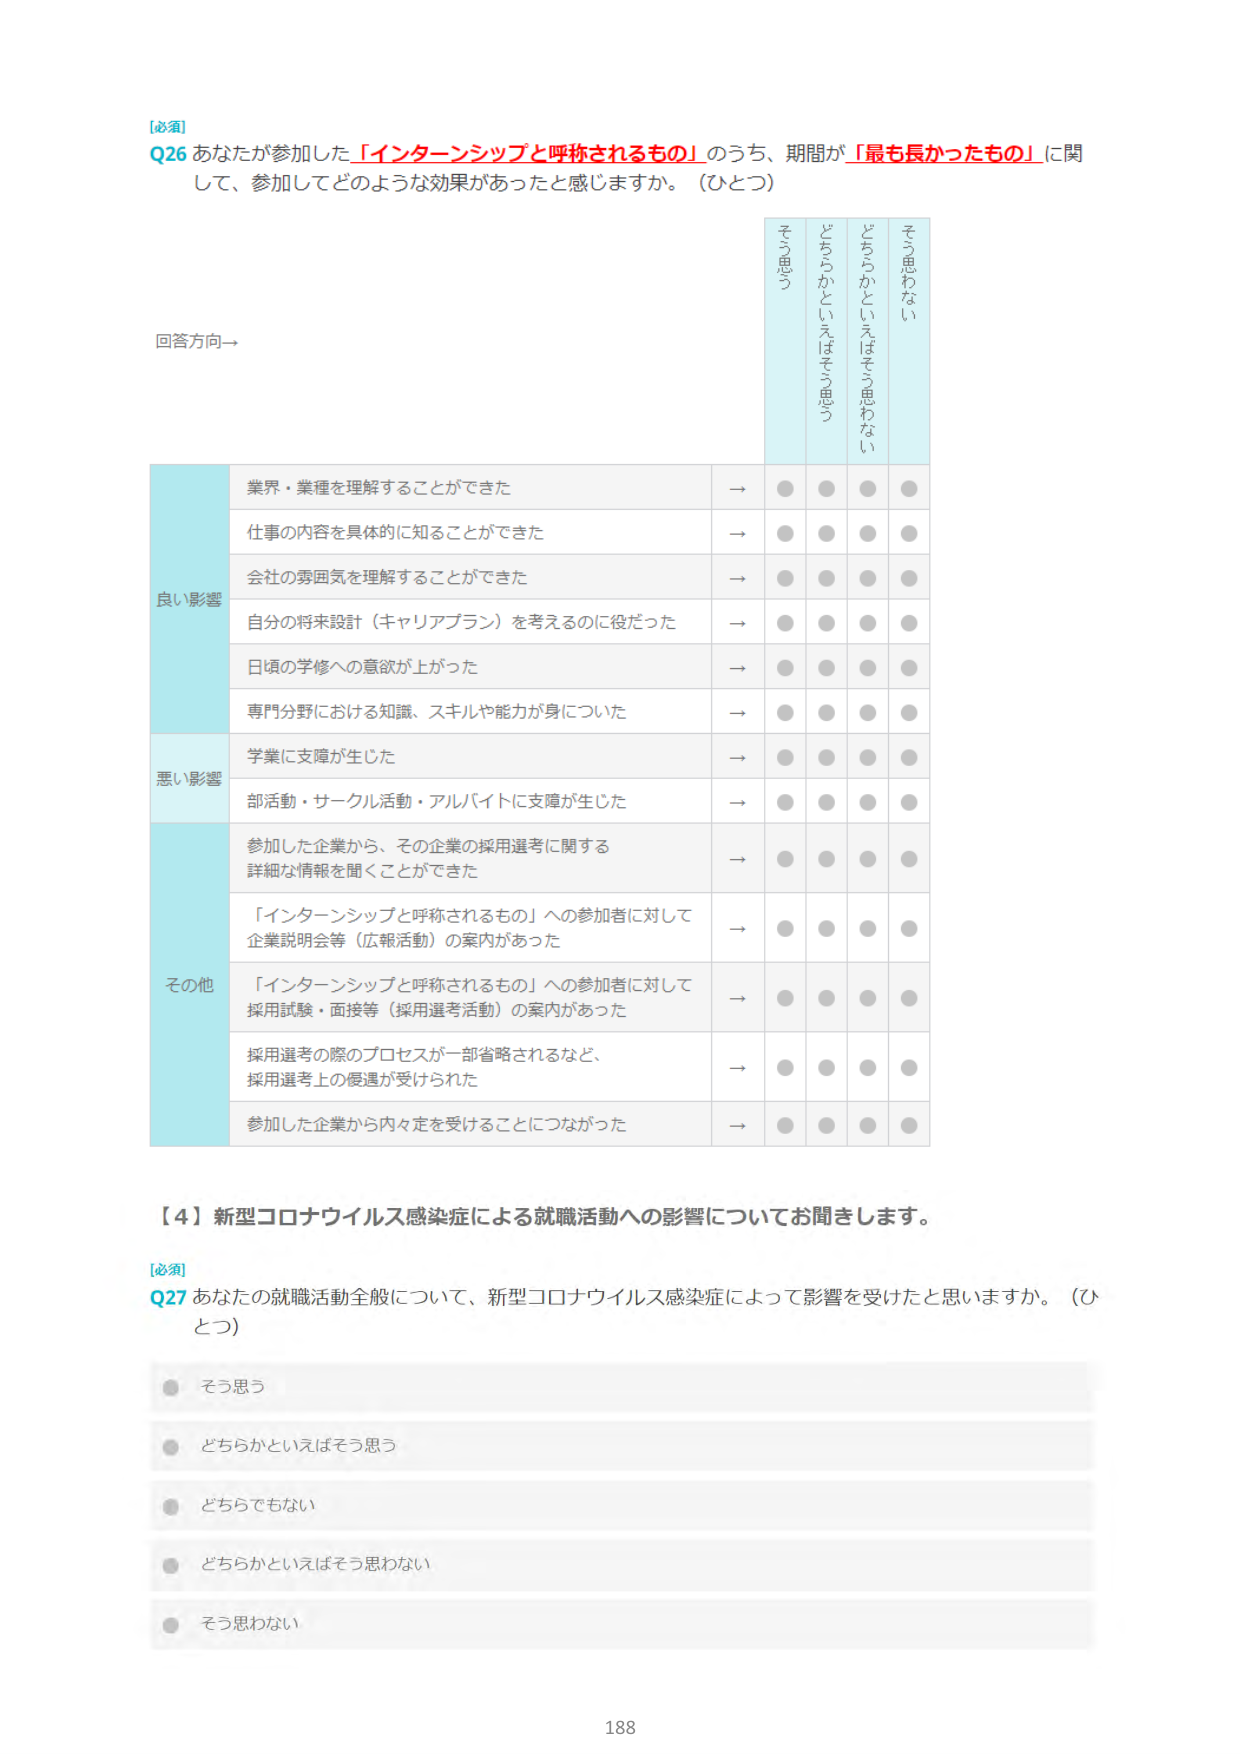
【必須】
Q26 あなたが参加した「インターンシップと呼称されるもの」のうち、期間が「最も長かったもの」に関して、参加してどのような効果があったと感じますか。（ひとつ）

回答方向→

良い影響
→ 業界・業種を理解することができた
→ 仕事の内容を具体的に知ることができた
→ 会社の雰囲気を理解することができた
→ 自分の将来設計（キャリアプラン）を考えるのに役だった
→ 日頃の学修への意欲が上がった
→ 専門分野における知識、スキルや能力が身についた

悪い影響
→ 学業に支障が生じた
→ 部活動・サークル活動・アルバイトに支障が生じた

その他
→ 参加した企業から、その企業の採用選考に関する詳細な情報を聞くことができた
→ 「インターンシップと呼称されるもの」への参加者に対して企業説明会等（広報活動）の案内があった
→ 「インターンシップと呼称されるもの」への参加者に対して採用試験・面接等（採用選考活動）の案内があった
→ 採用選考の際のプロセスが一部省略されるなど、採用選考上の優遇が受けられた
→ 参加した企業から内々定を受けることにつながった

【4】新型コロナウイルス感染症による就職活動への影響についてお聞きします。

【必須】
Q27 あなたの就職活動全般について、新型コロナウイルス感染症によって影響を受けたと思いますか。（ひとつ）
● そう思う
● どちらかといえばそう思う
● どちらでもない
● どちらかといえばそう思わない
● そう思わない

188